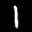
Label: 1